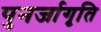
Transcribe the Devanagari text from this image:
पुनर्जागृति